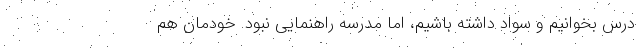
درس بخوانیم و سواد داشته باشیم، اما مدرسه راهنمایی نبود. خودمان هم